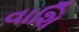
વાશિ